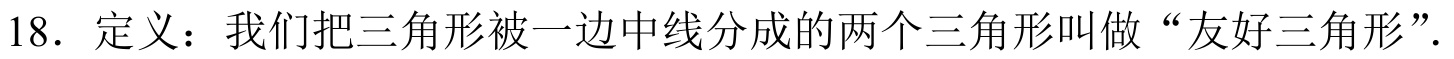
18. 定义：我们把三角形被一边中线分成的两个三角形叫做“友好三角形”.